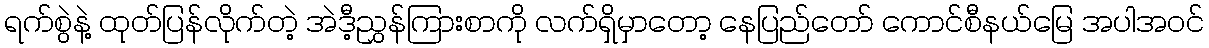
ရက်စွဲနဲ့ ထုတ်ပြန်လိုက်တဲ့ အဲဒီ့ညွှန်ကြားစာကို လက်ရှိမှာတော့ နေပြည်တော် ကောင်စီနယ်မြေ အပါအဝင်